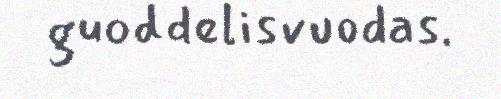
guoddelisvuodas.